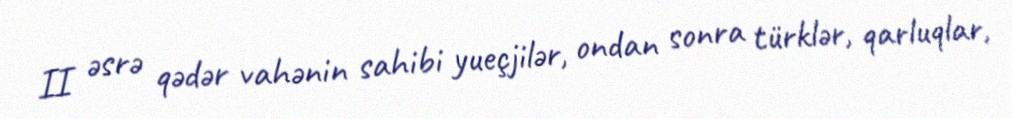
II əsrə qədər vahənin sahibi yueçjilər, ondan sonra türklər, qarluqlar,